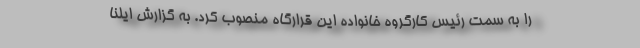
را به سمت رئیس کارگروه خانواده این قرارگاه منصوب کرد. به گزارش ایلنا